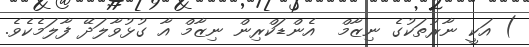
) އަކީ ނާރުތަކުގެ ނިޒާމް  އެންޑަކްރިން ނިޒާމް އާ ގުޅުވާލަދޭ ފާލަމެކެވެ.